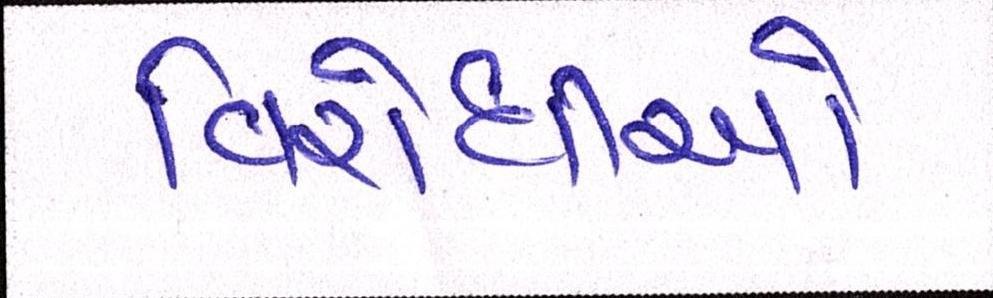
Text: વિરોધીઓ